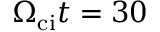
\Omega _ { \mathrm { c i } } t = 3 0